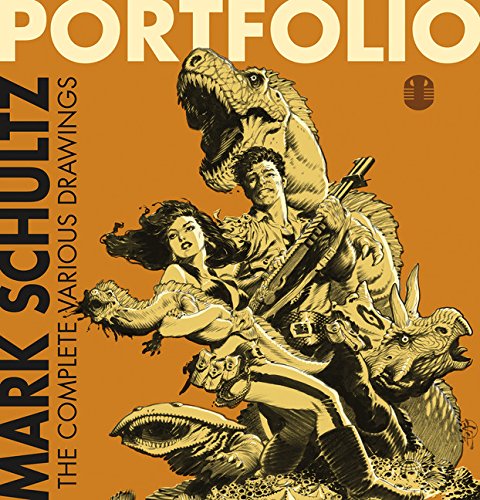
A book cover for Portfolio: The Complete Various Drawings; Arts & Photography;